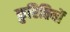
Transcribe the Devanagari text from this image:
कुरितियों